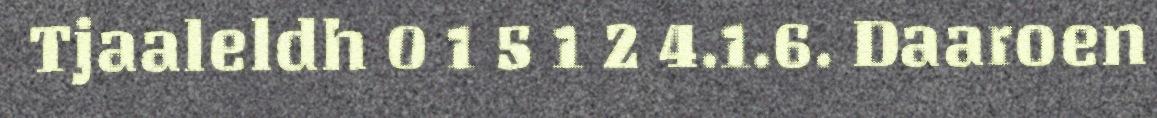
Tjaaleldh 0 1 5 1 2 4.1.6. Daaroen